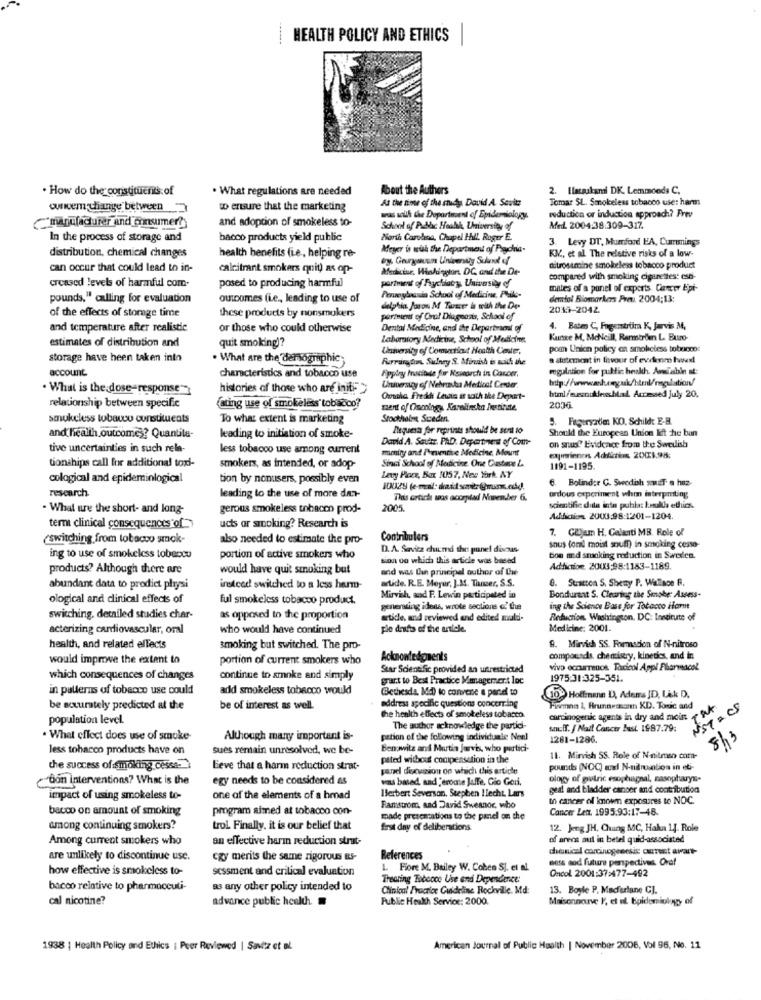
HEALTH POLICY AND ETHICS
. How do the constituents of
. What regulations are needed
About the Authors
2. Ilacaskandi DK. Lemmonds C.
At the time of the study. David A. Savitz
Tomar SL. Smokeless tobacco use: harm
ownvem change between
wo ersure that the marketing
reduction or induction approach? Prev
and adoption of smokeless to-
was scuk the Department of Epidemiology.
manufacturer and consumer?)
School of Public Hoahk, University of
Med. 2004:38:309-317.
In the process of storage and
bacco products yield public
North Carolina, Chapel Hill. Roger E.
3. Levy DT, Mumford HA, Cummings
Meyer is wuk the Department of Pachna-
KM, et al The relative risks of a low-
distribution, chemical changes
health benefits fie, helping re-
can occur that could lead to in-
calcitrant smokers quit) as op-
Mediciur. Washington, DC, and the De-
ditrosamine smokeless tobacco product
compared with smoking cigarettes: est-
creased levels of harmful com.
posed to producing harmful
partant of Frychiaty, University of
mates of a panel of experts. Cancer Epi-
pounds," calling for evaluation
outcomes (i.e ., leading to use of
Pereybrunin School of Medicine, Philo-
dettol Biomarkers Frau 2004;13:
delphia. Joaon M Turacer ls with the De-
2019-2042
of the effects of storge time
these products by nonsmokers
periment of Oral Diagnosis, School of
and temperature after realistic
or those who could otherwise
Dental Medicine, and the Deparbrael of
1. Bates C, Fugenstriim K, Jarvis M,
estimates of distribution and
Laboratory Medicow, School of Medicine
Kunce M, McNeill, Rarmirden L. Buro-
quit smoking)?
University of Comatias Health Center.
poan Union policy an smokeless tobacco
storage have been taken into
. What are the demographic
Purringto, Silney S. Minish is moich the
a statement in favour of evlenme twee!
account
Fipping Institute for Research in Cancer
regulation for public heskh. Aviable st:
characteristics and tobacco use
. What is the dose-response
histories of those who are init->
Uruversicy of Nebraska Medical Center.
Omaha Fresh Lewis as with the Deport-
html/mesnukleschild. Aumaed July 20.
relationship between specific
Coting use of smokeless tobacco?
ment of Oncology, Karolinska Destinate.
2006
smokeless tobaco ounstituents
To what extent is marketing
Stockholm Suceden.
5. Fageryadie: KO. Schild: E-B.
Atquesa for reprints should be sent to
Should the European Union lift he bun
and health outcomes? Quantile-
leading to initiation of smoke-
David A. Sauttr. PAD. Department of Com-
tive uncertainties in such rela-
less tobacco use among current
menity and Preventive Medicine, Mount
on snus? Evidence from the Swedish
tonships call for additional toxi-
Sinci School of Medicine. One Castace LA
experiences, Addictions 20073.98:
smokers, as intended, or adop-
1191-1195.
cological and epideminlogical
tion by nonusers, possibly even
Levy Ploze, Box 1057, New York, NY
6. Bolinder C. Swedish suif a hoz-
research.
10029 (e-mail: did smir @rus.ald.
leading to the use of more dan-
This article seas occrplad November 6.
ordous experiment whm interpmting
. What are the short- and long-
gerous smokeless tobacco prod-
2005.
scientific dita into puhla: koukla ethics.
Addiction 2000:98-1201-1204.
term clinical consequences of
ucts or smoking? Research is
7. GUjem H. Galanti MB. Role of
switching, from tobacco smok-
also needed to estimate the pro-
Contribulers
D. A. Savitz chumed the panel discuss
snus (oral moist snuff) in smoking cesso-
ing to use of smokeless tobacco
portion of active smokers who
sion on which this article was based
bon and smoking reduction in Sweden.
products? Although there are
would have quit smoking but
and was Ou principal author of Cue
Adfiction. 2003;98:1183-1189.
artide. R.E. Meyer, J.M. Thner, S.S.
8. Stratton S. Shemy P. Wallace F.
abundant data to predict physi
instead switched to a less herm-
ological and clinical effects of
ful smokeless tobacco product.
Mirvish, and F. Lewin participated in
Bondurant S. Clearing the Singhe: Assess-
generating ideas, wrote sections of the
ing the Science Base for Tobacco Harm
switching, detailed studies char-
as opposed to the proportion
artide, and reviewed and edited mald-
Reduction, Washington, DC: Institute of
acterizing cardiovascular, oral
who would have continued
ple drafts of the article.
Medicine: 2001.
health, and related effects
smoking but switched. The pro-
9. Mirvich SS. Formastion of N-nitroso
would improve the extent to
portion of current smokers who
Acknowledgments
compounds, chemistry, kinedos, and in
Star Scientific provided an unrestricted
vivo occurrence. Toxicol Appl Pharmacol
which consequences of changes
continue to smoke and simply
grant to Best Practice Mmagemert loc
1975:31:325-351
in pallerns of tobacco use could
add smokeless tobacco would
Bethesda, Md) to convene a pard to
address specific questions concerning
10: Hoffenann D, Adems JD, Lik D.
be accurately predicted at the
be of interest as well.
Finanno 1, Brunnessont KD. Tosic and
NST =CS
population level.
the health effects of smokeless tobacco.
carcinogenic agents in dry and moin
The author acknowledge the partici-
snuff. / Nail Canctr Bust. 1987.79:
. What effect does use of smoke-
Although many important is-
pation of the following individuale Neel
1281-1286.
8/3
less tobacco products have on
sues remain unresolved, we be-
Benowitz and Martin Jarvis, who portici-
pated without compensation in the
11. Mirvish 55. Role of Nailmso com-
che success of smoking cesse-
Leve that a harm reduction strat-
panel discussion on which this article
pounds (NOC) and N-namention in eti-
"bon interventions? What is the
egy needs to be considered as
was based, and jerome Jaffe, Gio Gori,
ology of patric eso tuignal, zasopturys-
Herbert Severson. Stephen Ilecht, Lars
geal and bladder cancer and contribution
impact of using smokeless to-
one of the elements of a hrad
th cancer of known exposures to NOC.
bacco on amount of smoking
program aimed at tobacco con-
Ramstrom, and David Sweanor, who
Cancer Lett. 1995.93:17-48.
made prescasations to the panel on the
among continuing smokers?
trol Finally, it is our belief that
first day of deliberations
12. Jeng JH, Chuang MC, Haka 14. Role
Among current smokers who
an effective harm reduction strut-
of arens aut in betel quid-associated
chanical carcinogenesis crust avart-
are unlikely to discontinue use.
czy merits the same rigorous RS-
References
ness sod future perspectives. Oraf
how effective is smokeless to-
sessment and critical evaluation
1. Fiore M. Bailey W. Cohen SJ. et al.
Oncol 2001:37:477-492
Treating Tobocce Use and Dependence:
bacco relative to pharmaceuti-
as any other policy intended to
Clinical Practice Guideline Rockville. Md:
13. Boyle P. Macfarlane CJ.
cal nicotine?
advance public health
Public Health Service: 2000.
Maisonneuve F, et al Epidemiology of
1938 | Health Policy and Ethics | Peer Reviewed | Savitz et al.
American Journal of Public Health | November 2006, Vol 96, No. 11